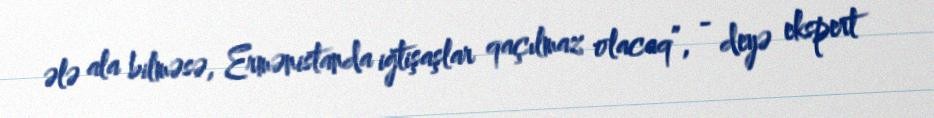
ələ ala bilməsə, Ermənistanda iğtişaşlar qaçılmaz olacaq”, - deyə ekspert